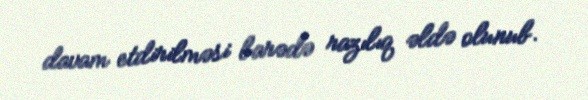
davam etdirilməsi barədə razılıq əldə olunub.